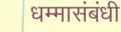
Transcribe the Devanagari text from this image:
धम्मासंबंधी